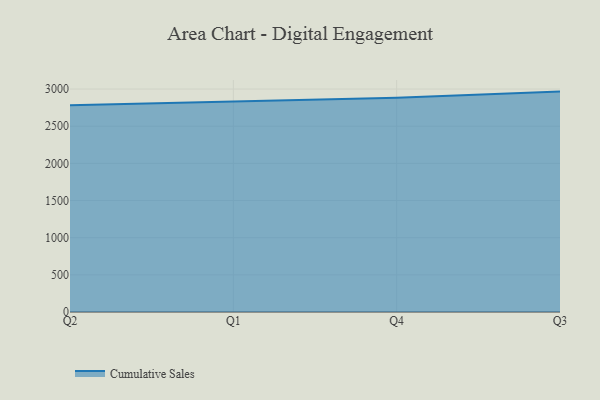
{"axis": {"x": "Quarter", "y": "Inventory Turnover"}, "legend": ["Cumulative Sales"], "data": [{"x": "Q2", "y": 2780.9, "type": "Cumulative Sales"}, {"x": "Q1", "y": 2830.6, "type": "Cumulative Sales"}, {"x": "Q4", "y": 2881.8, "type": "Cumulative Sales"}, {"x": "Q3", "y": 2965.7, "type": "Cumulative Sales"}]}